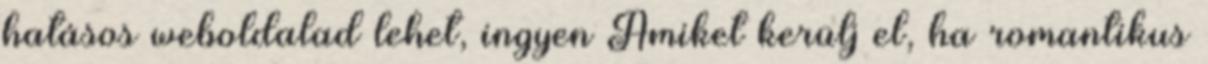
hatásos weboldalad lehet, ingyen Amiket kerülj el, ha romantikus